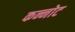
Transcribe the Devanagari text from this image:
कन्नोट